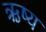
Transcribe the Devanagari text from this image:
ऋष्य